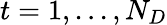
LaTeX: t=1,...,N_{D}